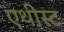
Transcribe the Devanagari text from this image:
एथीस्ट